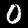
Label: 0